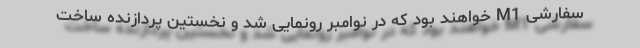
سفارشی M1 خواهند بود که در نوامبر رونمایی شد و نخستین پردازنده ساخت